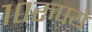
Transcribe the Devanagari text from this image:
१०रुपये